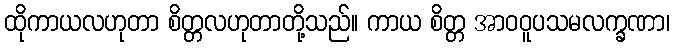
ထိုကာယလဟုတာ စိတ္တလဟုတာတို့သည်။ ကာယ စိတ္တ အာဝဝူပသမလက္ခဏာ၊